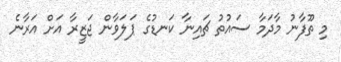
މި ތޫފާނު މާދަމާ ސައުތު ޗައިނާ ކަނޑުގެ ޕަލަވާން ޖަޒީރާ އަށް އަރާނެ